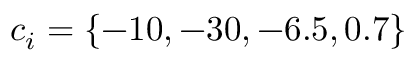
c _ { i } = \{ - 1 0 , - 3 0 , - 6 . 5 , 0 . 7 \}